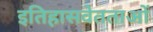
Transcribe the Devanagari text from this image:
इतिहासवेतताओं